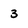
Character: 3